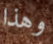
وهذا